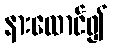
နားထောင်၍